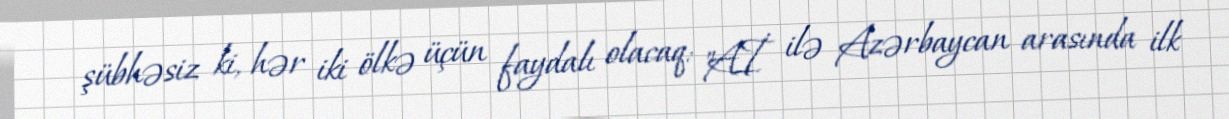
şübhəsiz ki, hər iki ölkə üçün faydalı olacaq: "Aİ ilə Azərbaycan arasında ilk